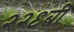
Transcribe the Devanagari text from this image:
२२९बी